Account of plague administration in the Bombay Presidency from September 1896 till May 1897
Year: 1896
Disease focus: Plague
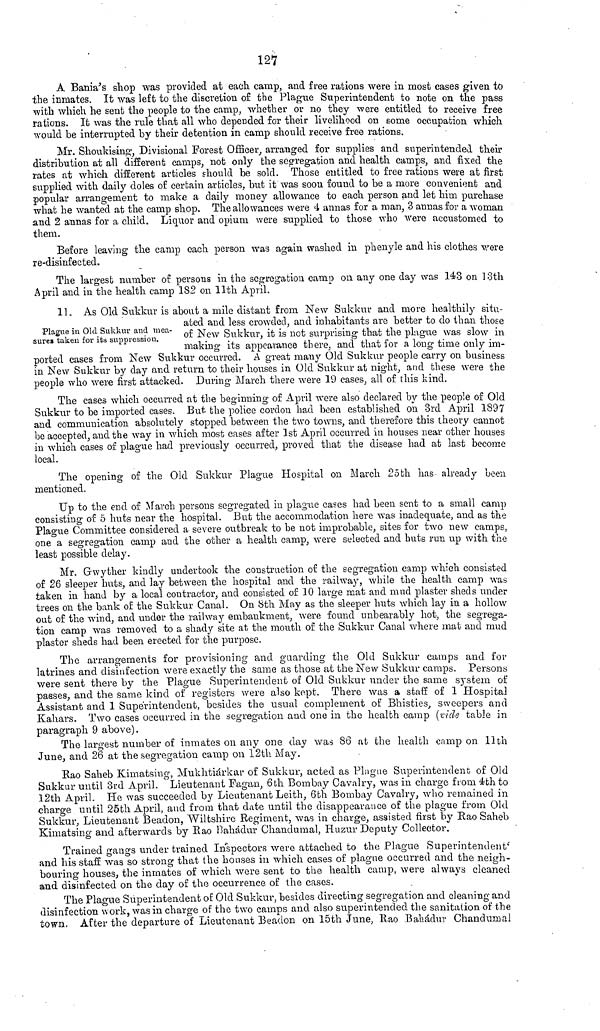
127
A Bania's shop was provided at each camp, and free rations were in most cases given to
the inmates. It was left to the discretion of the Plague Superintendent to note on the pass
with which he sent the people to the camp, whether or no they were entitled to receive free
rations. It was the rule that all who depended for their livelihood on some occupation which
would be interrupted by their detention in camp should receive free rations.
Mr. Shoukising, Divisional Forest Officer, arranged for supplies and superintended their
distribution at all different camps, not only the segregation and health camps, and fixed the
rates at which different articles should be sold. Those entitled to free rations were at first
supplied with daily doles of certain articles, but it was soon found to be a more convenient and
popular arrangement to make a daily money allowance to each person and let him purchase
what he wanted at the camp shop. The allowances were 4 annas for a man, 3 annas for a woman
and 2 annas for a child. Liquor and opium were supplied to those who were accustomed to
them.
Before leaving the camp each person was again washed in phenyle and his clothes were
re-disinfected.
The largest number of persons in the segregation camp on any one day was 143 on 13th
April and in the health camp 182 on 11th April.
Plague in Old Sukkur and mea-
sure» taken for its suppression.
11, As Old Sukkur is about a mile distant from New Sukkur and more healthily situ-
ated and less crowded, and inhabitants are better to do than those
of New Sukkur, it is not surprising that the plague was slow in
making its appearance there, and that for a long time only im-
ported cases from New Sukkur occurred. A great many Old Sukkur people carry on business
in New Sukkur by day and return to their houses in Old Sukkur at night, and these were the
people who were first attacked. During March there were 19 cases, all of this kind.
The cases which occurred at the beginning of April were also declared by the people of Old
Sukkur to be imported cases. But the police cordon had been established on 3rd April 1897
and communication absolutely stopped between the two towns, and therefore this theory cannot
be accepted, and the way in which most cases after 1st April occurred in houses near other houses
in which cases of plague had previously occurred, proved that the disease had at last become
local.
The opening of the Old Sukkur Plague Hospital on March 25th has already been
mentioned.
Up to the end of March persons segregated in plague cases had been sent to a small camp
consisting of 5 huts near the hospital. But the accommodation here was inadequate, and as the
Plague Committee considered a severe outbreak to be not improbable, sites for two new camps,
one a segregation camp and the other a health camp, were selected and huts run up with the
least possible delay.
Mr. Gwyther kindly undertook the construction of the segregation camp which consisted
of 26 sleeper huts, and lay between the hospital and the railway, while the health camp was
taken in hand by a local contractor, and consisted of 10 large mat and mud plaster sheds under
trees on the bank of the Sukkur Canal. On 8th May as the sleeper huts which lay in a hollow
out of the wind, and under the railway embankment, were found unbearably hot, the segrega-
tion camp was removed to a shady site at the mouth of the Sukkur Canal where mat and mud
plaster sheds had been erected for the purpose.
The arrangements for provisioning and guarding the Old Sukkur camps and for
latrines and disinfection were exactly the same as those at the New Sukkur camps. Persons
were sent there by the Plague Superintendent of Old Sukkur under the same system of
passes, and the same kind of registers were also kept. There was a staff of 1 Hospital
Assistant and 1 Superintendent, besides the usual complement of Bhisties, sweepers and
Kahars. Two cases occurred in the segregation and one in the health camp (vide table in
paragraph 9 above).
The largest number of inmates on any one day was 86 at the health camp on 11th
June, and 26 at the segregation camp on 12th May.
Rao Saheb Kimatsing, Mukhtiárkar of Sukkur, acted as Plague Superintendent of Old
Sukkur until 3rd April. Lieutenant Pagan, 6th Bombay Cavalry, was in charge from 4th to
12th April. He was succeeded by Lieutenant Leith, 6th Bombay Cavalry, who remained in
charge until 25th April, and from that date until the disappearance of the plague from Old
Sukkur, Lieutenant Beadon, Wiltshire Regiment, was in charge, assisted first by Rao Saheb
Kimatsing and afterwards by Rao Bahádur Chandumal, Huzur Deputy Collector.
Trained gangs under trained Inspectors were attached to the Plague Superintendent'
and his staff was so strong that the houses in which cases of plague occurred and the neigh-
bouring houses, the inmates of which were sent to the health camp, were always cleaned
and disinfected on the day of the occurrence of the cases.
The Plague Superintendent of Old Sukkur, besides directing segregation and cleaning and
disinfection work, was in charge of the two camps and also superintended the sanitation of the
town. After the departure of Lieutenant Beadon on 15th June, Rao Bahadur Chandumal